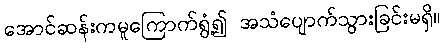
အောင်ဆန်းကမူကြောက်ရွံ့၍ အသံပျောက်သွားခြင်းမရှိ။